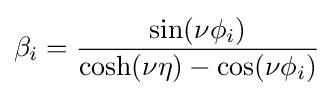
\beta _{i}={\frac {\sin(\nu \phi _{i})}{\cosh(\nu \eta )-\cos(\nu \phi _{i})}}